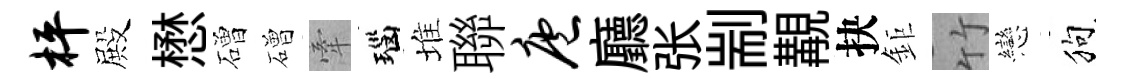
枰殿懋磳磳牽瑙堆聯庖廳张剬覯抉鉅竹戀狗